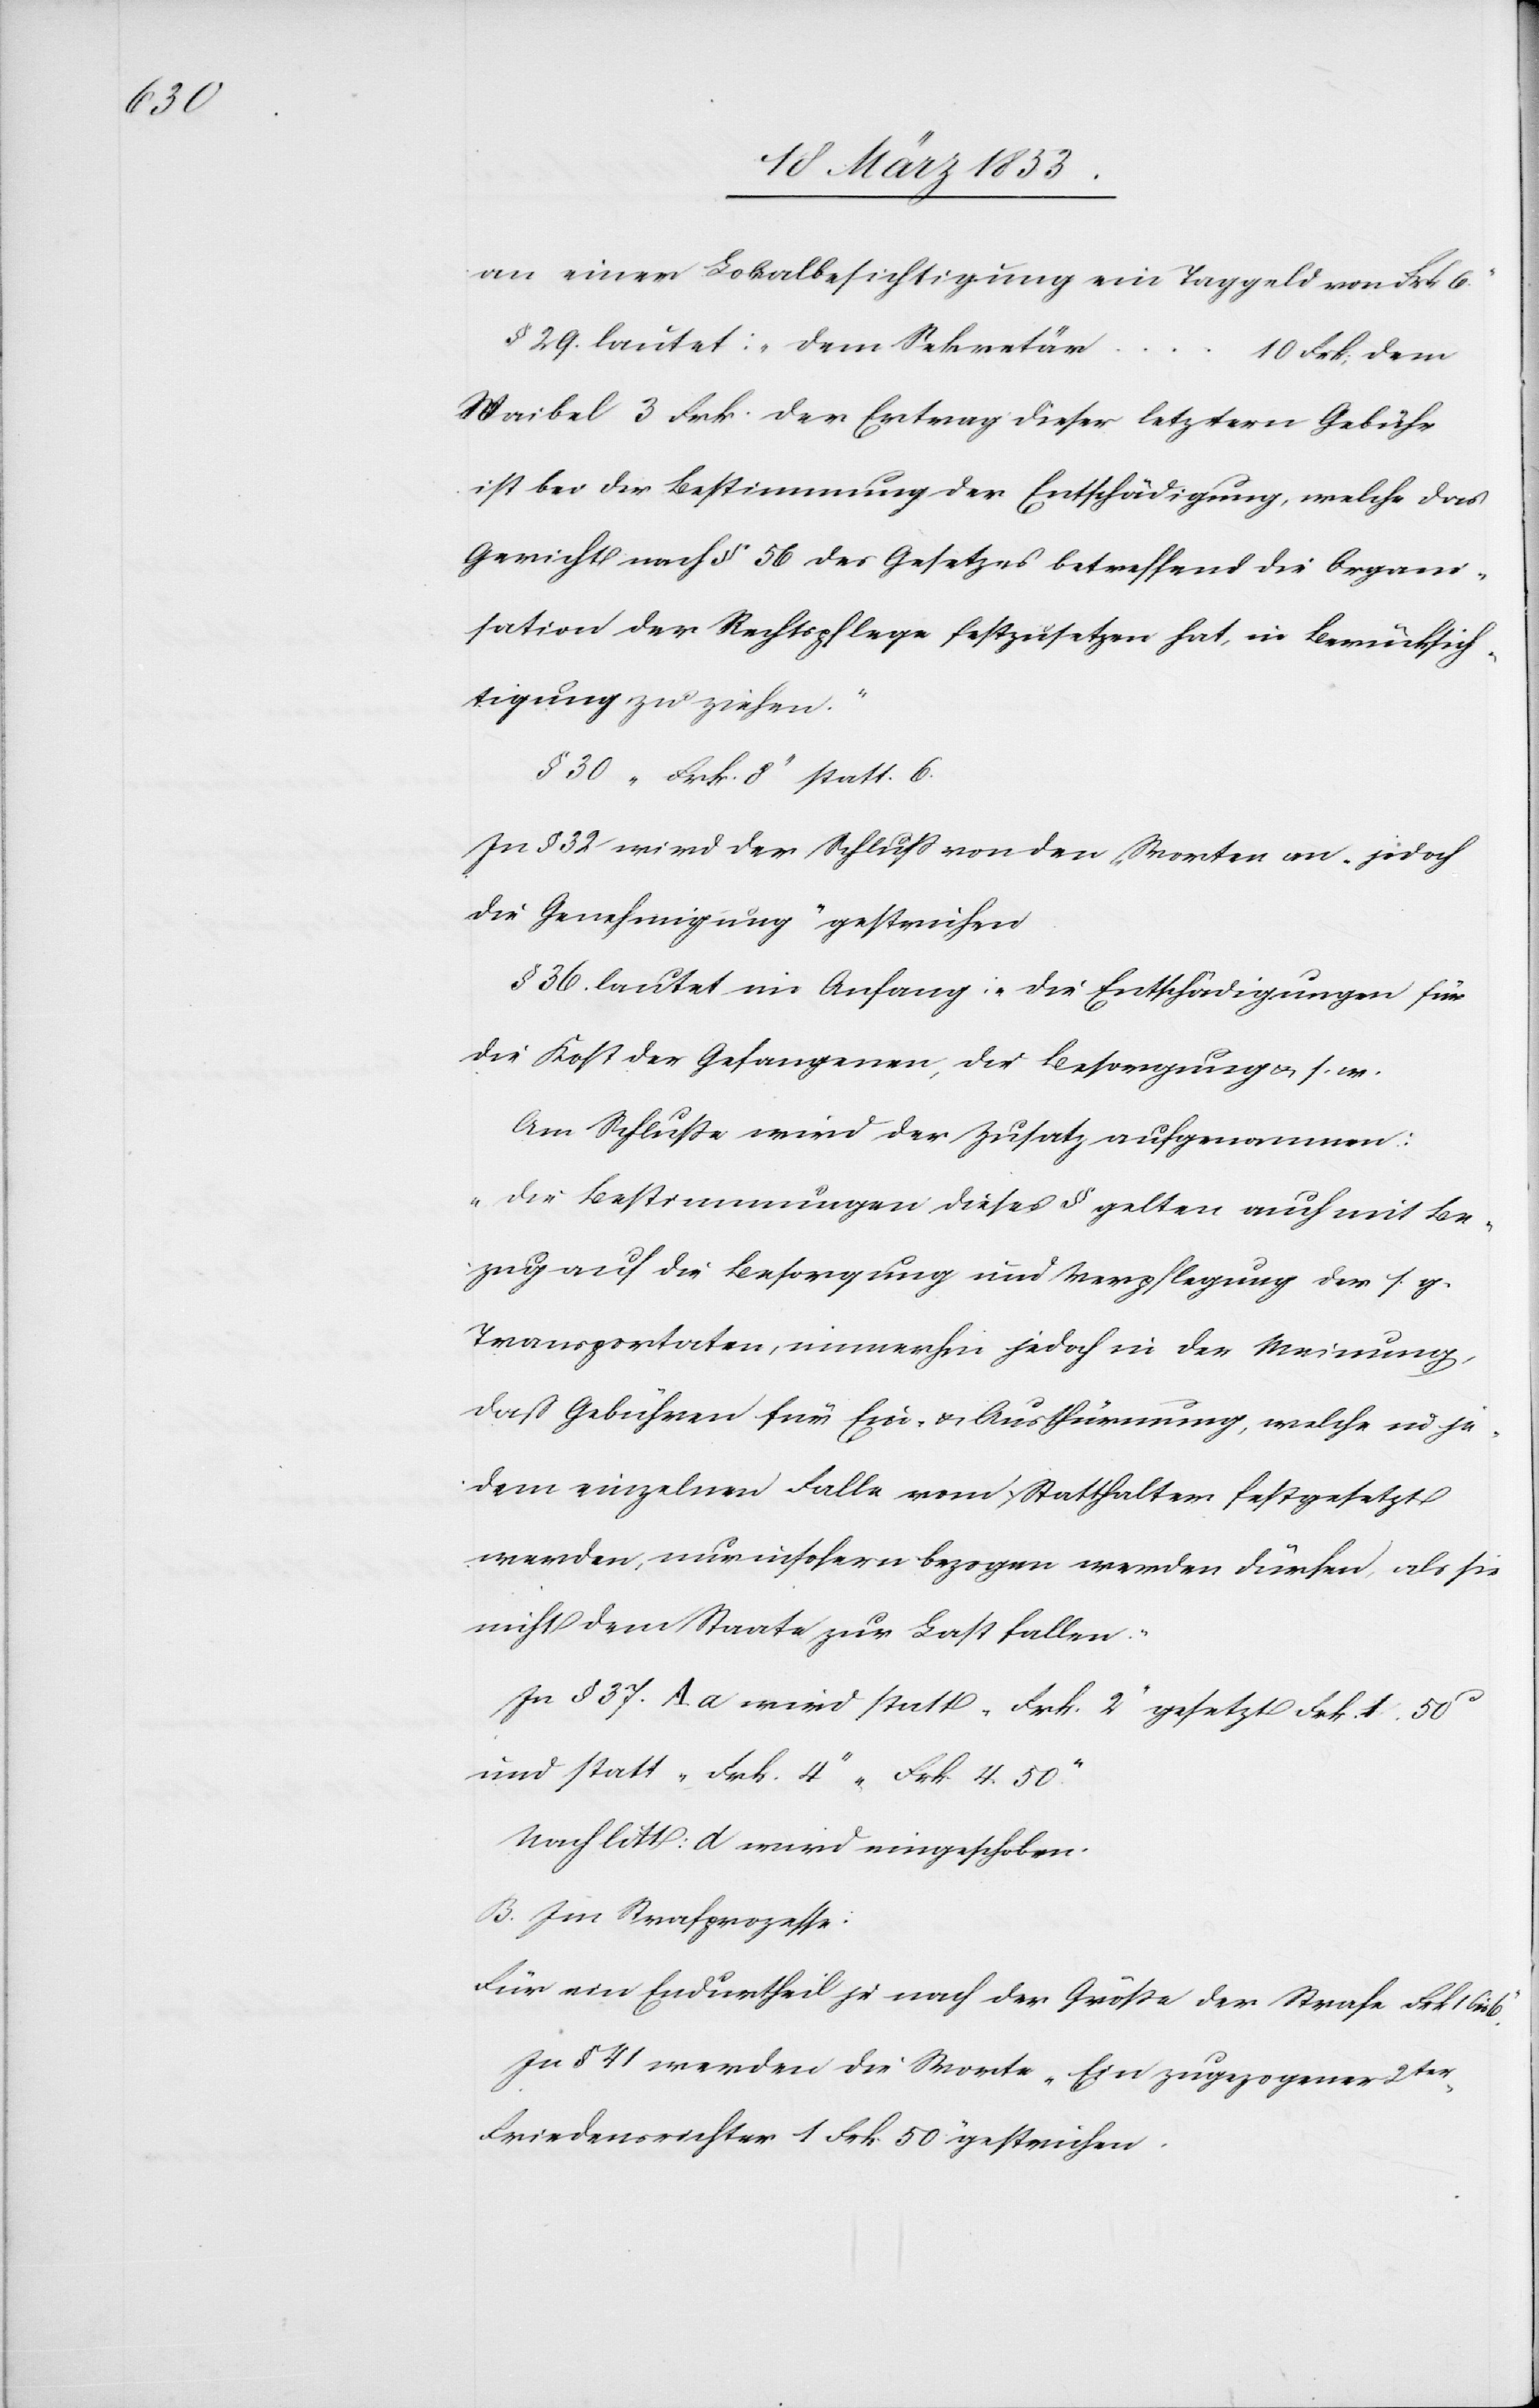
an einer Lokalbesichtigung ein Taggeld von Frk. 6.“
§ 29. lautet: „dem Sekretä¬
r…10 Frk. dem
Waibel 3 Frk. der Ertrag dieser letztern Gebühr
ist bei der Bestimmung der Entschädigung, welche das
Gericht nach § 56 des Gesetzes betreffend die Appel¬
lation der Rechtspflege festzusetzen hat, in Berücksich¬
tigung zu ziehen.“
§ 30 „Frk. 8“ statt 6.
In § 32 wird der Schluß von den Worten an „jedoch
die Genehmigung“ gestrichen.
§ 36 lautet im Anfang: „Die Entschädigungen für
die Kost der Gefangenen, der Besorgung u. s. w.
Am Schluße wird der Zusatz aufgenommen:
„Die Bestimmungen dieses § gelten auch mit Be¬
zug auf die Besorgung und Verpflegung des s. g.
Transportaten, immerhin jedoch in der Meinung,
daß Gebühren für Ein- u. Austhürmung, welche in je¬
dem einzelnen Falle vom Statthalter festgesetzt
werden, nur insofern bezogen werden dürfen, als sie
nicht dem Staate zur Last fallen.“
In § 37 A. a wird statt „Frk. 2“ gesetzt Frk. 1. 50
und statt „Frk. 4“ „Frk. 4.50“
Nach litt: d. wird eingeschoben:
B. Im Strafprozesse:
Für ein Endurtheil je nach der Größe der Strafe „Frk. 1 bis
In § 41 werden die Worte „Ein zugezogener 2ter.
Friedensrichter 1 Frk. 50“ gestrichen.